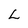
Character: L